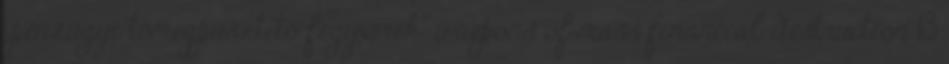
„pénzügyi tömegpusztító fegyverek” waepons of mass financial destruction 13